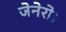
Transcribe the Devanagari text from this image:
जेनेरो।